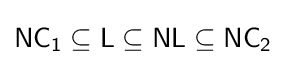
{\mathsf {NC_{1}\subseteq L\subseteq NL\subseteq NC_{2}}}